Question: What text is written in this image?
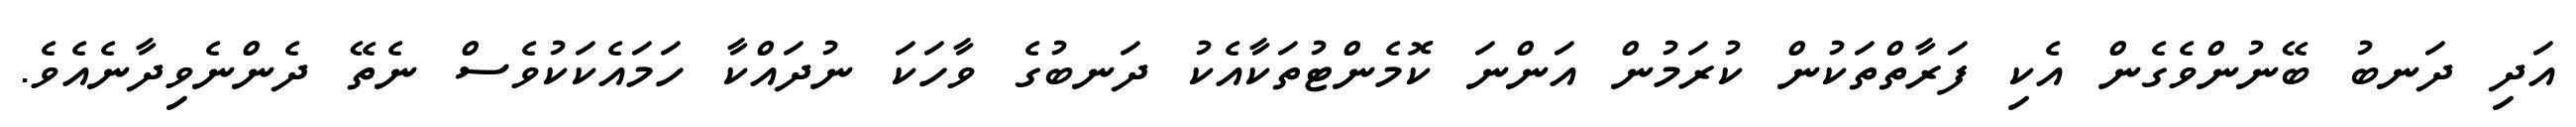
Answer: އަދި ދަނބު ބޭނުންވެގެން އެކި ފަރާތްތަކުން ކުރަމުން އަންނަ ކޮމެންޓުތަކާއެކު ދަނބުގެ ވާހަކަ ނުދައްކާ ހަމައެކަކުވެސް ނެތޭ ދެންނެވިދާނެއެވެ.